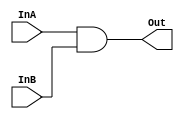
`timescale 1ns / 1ps
//////////////////////////////////////////////////////////////////////////////////
// Company: 
// Engineer: 
// 
// Design Name: 
// Module Name: And
// Project Name: 
// Target Devices: 
// Tool Versions: 
// Description: 
// 
// Dependencies: 
// 
// Revision:
// Revision 0.01 - File Created
// Additional Comments:
// 
//////////////////////////////////////////////////////////////////////////////////


module AND(InA,InB,Out);
    input InA, InB;
    output Out;
    
    assign Out = InA & InB;
endmodule